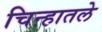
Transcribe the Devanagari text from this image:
चिन्हातले